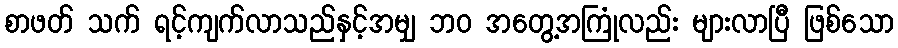
စာဖတ် သက် ရင့်ကျက်လာသည်နှင့်အမျှ ဘဝ အတွေ့အကြုံလည်း များလာပြီ ဖြစ်သော